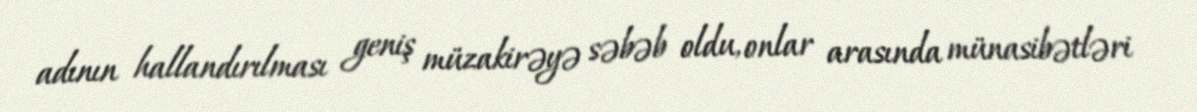
adının hallandırılması geniş müzakirəyə səbəb oldu, onlar arasında münasibətləri